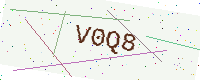
Text: V0Q8